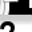
Digit: 7